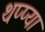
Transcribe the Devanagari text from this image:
थप्प्या